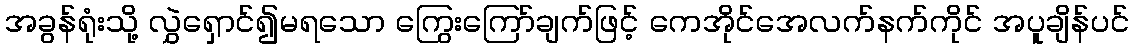
အခွန်ရုံးသို့ လွှဲရှောင်၍မရသော ကြွေးကြော်ချက်ဖြင့် ကေအိုင်အေလက်နက်ကိုင် အပူချိန်ပင်